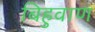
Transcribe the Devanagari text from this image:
बिहुवाण